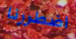
اضطررنا